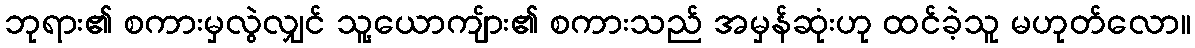
ဘုရား၏ စကားမှလွဲလျှင် သူ့ယောကျ်ား၏ စကားသည် အမှန်ဆုံးဟု ထင်ခဲ့သူ မဟုတ်လော။